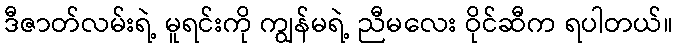
ဒီဇာတ်လမ်းရဲ့ မူရင်းကို ကျွန်မရဲ့ ညီမလေး ဝိုင်ဆီက ရပါတယ်။